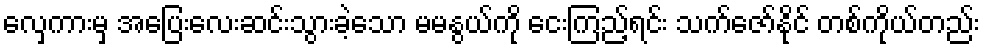
လှေကားမှ အပြေးလေးဆင်းသွားခဲ့သော မမနွယ်ကို ငေးကြည့်ရင်း သက်ဇော်နိုင် တစ်ကိုယ်တည်း